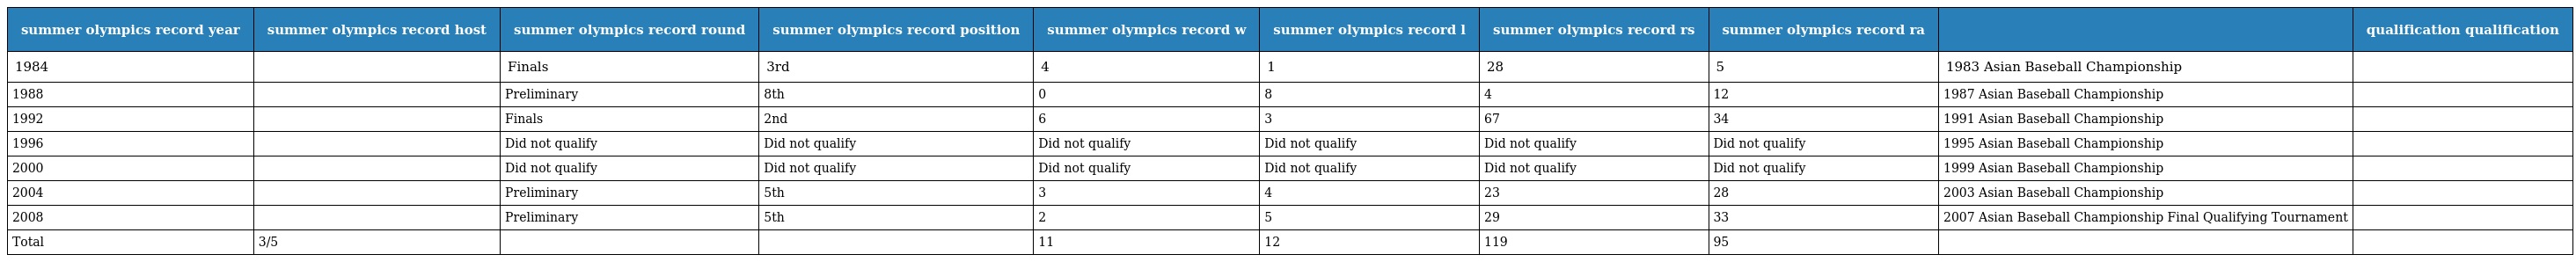
| summer olympics record year | summer olympics record host | summer olympics record round | summer olympics record position | summer olympics record w | summer olympics record l | summer olympics record rs | summer olympics record ra |  | qualification qualification |
 | --- | --- | --- | --- | --- | --- | --- | --- | --- | --- |
 | 1984 |  | Finals | 3rd | 4 | 1 | 28 | 5 | 1983 Asian Baseball Championship |  |
 | 1988 |  | Preliminary | 8th | 0 | 8 | 4 | 12 | 1987 Asian Baseball Championship |  |
 | 1992 |  | Finals | 2nd | 6 | 3 | 67 | 34 | 1991 Asian Baseball Championship |  |
 | 1996 |  | Did not qualify | Did not qualify | Did not qualify | Did not qualify | Did not qualify | Did not qualify | 1995 Asian Baseball Championship |  |
 | 2000 |  | Did not qualify | Did not qualify | Did not qualify | Did not qualify | Did not qualify | Did not qualify | 1999 Asian Baseball Championship |  |
 | 2004 |  | Preliminary | 5th | 3 | 4 | 23 | 28 | 2003 Asian Baseball Championship |  |
 | 2008 |  | Preliminary | 5th | 2 | 5 | 29 | 33 | 2007 Asian Baseball Championship Final Qualifying Tournament |  |
 | Total | 3/5 |  |  | 11 | 12 | 119 | 95 |  |  |